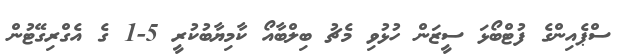
ސްޕެއިންގެ ފުޓްބޯޅަ ސީޒަން ހުޅުވި މެޗު ބިލްބާއޯ ކާމިޔާބުކުރީ 5-1 ގެ އެގްރިގޭޓުން